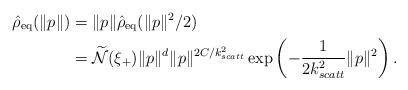
LaTeX: \begin{align*} \hat{\rho}_{\mathrm{eq}}(\|p\|)&=\|p\|\hat{\rho}_{\mathrm{eq}}(\|p\|^2/2)\\ &=\widetilde{\mathcal{N}}(\xi_+)\|p\|^{d}\|p\|^{2C/k_{scatt}^2}\exp\left(-\dfrac{1}{2 k_{scatt}^2}\|p\|^2\right).\end{align*}